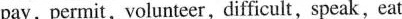
pay, permit,volunteer,difficult, speak, eat